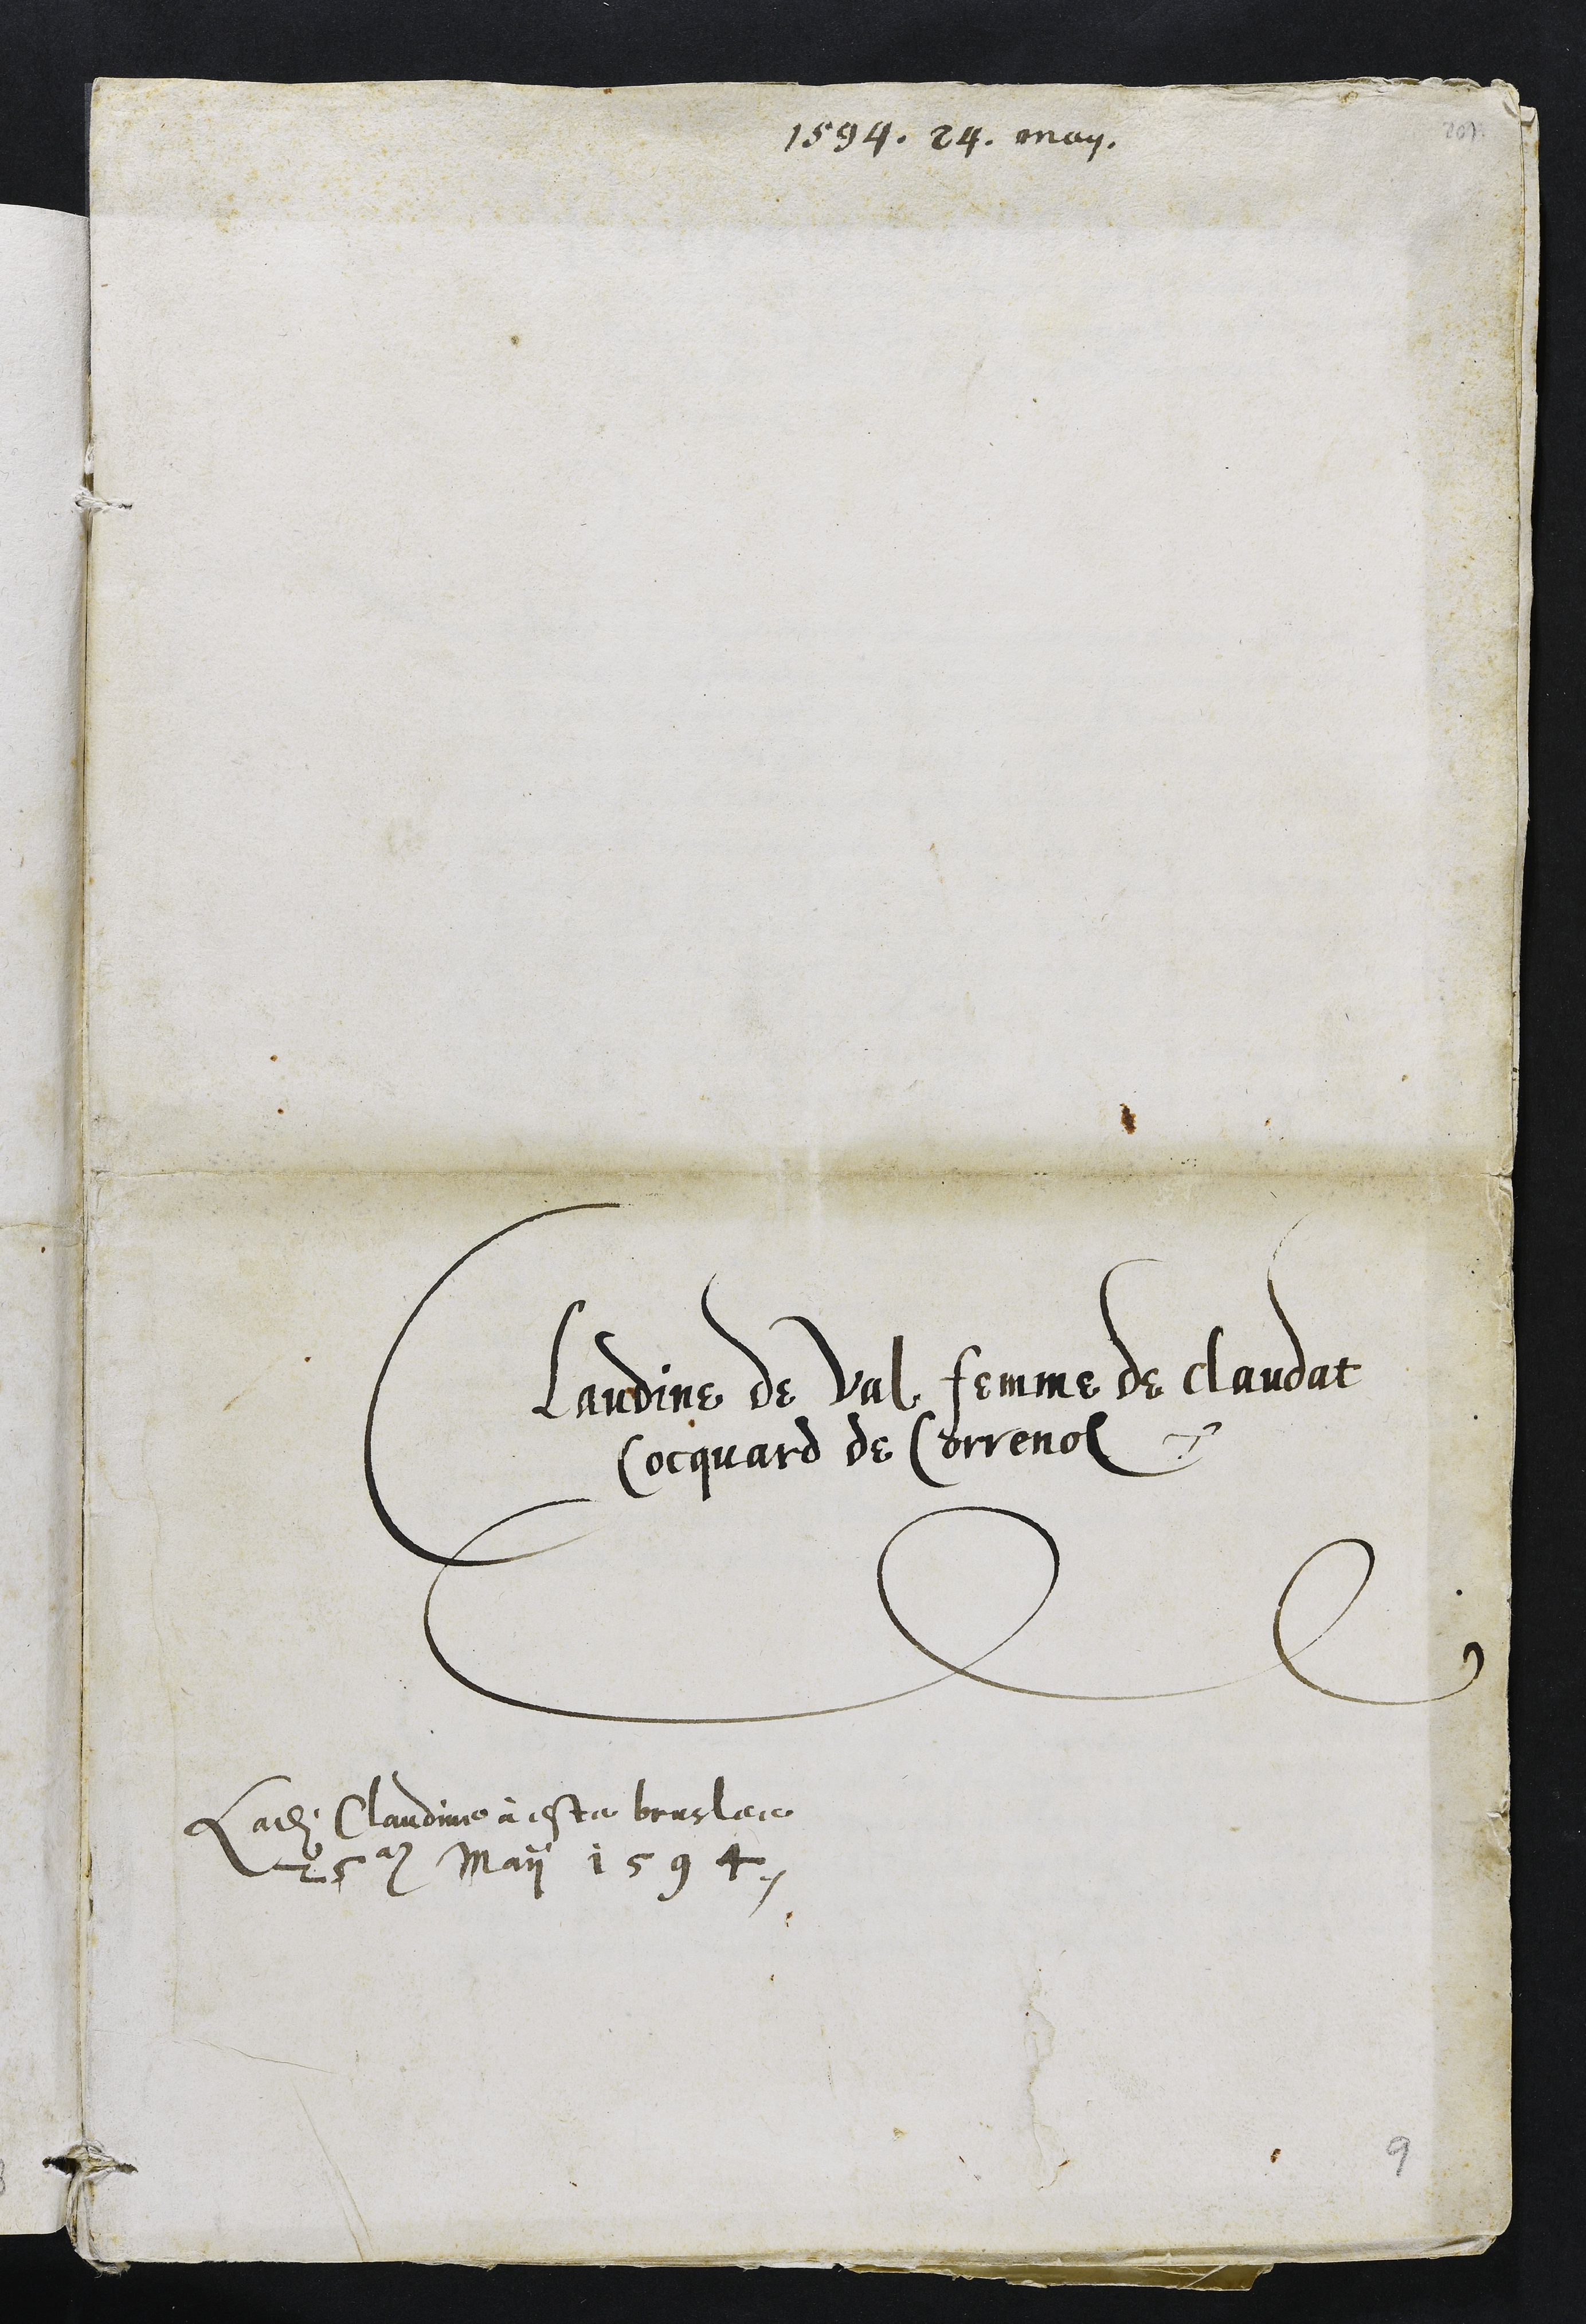
1594. 24, may.
Claudine de Val, femme de Claudat
Cocquard de Correnol
Ladite Claudie à este bruslere
25. May 1594.